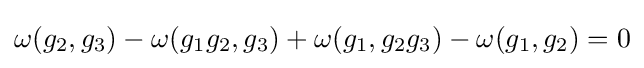
\omega (g_{2},g_{3})-\omega (g_{1}g_{2},g_{3})+\omega (g_{1},g_{2}g_{3})-\omega (g_{1},g_{2})=0